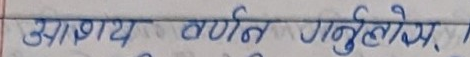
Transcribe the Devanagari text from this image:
आश्रय वर्णित गर्नुहोस,